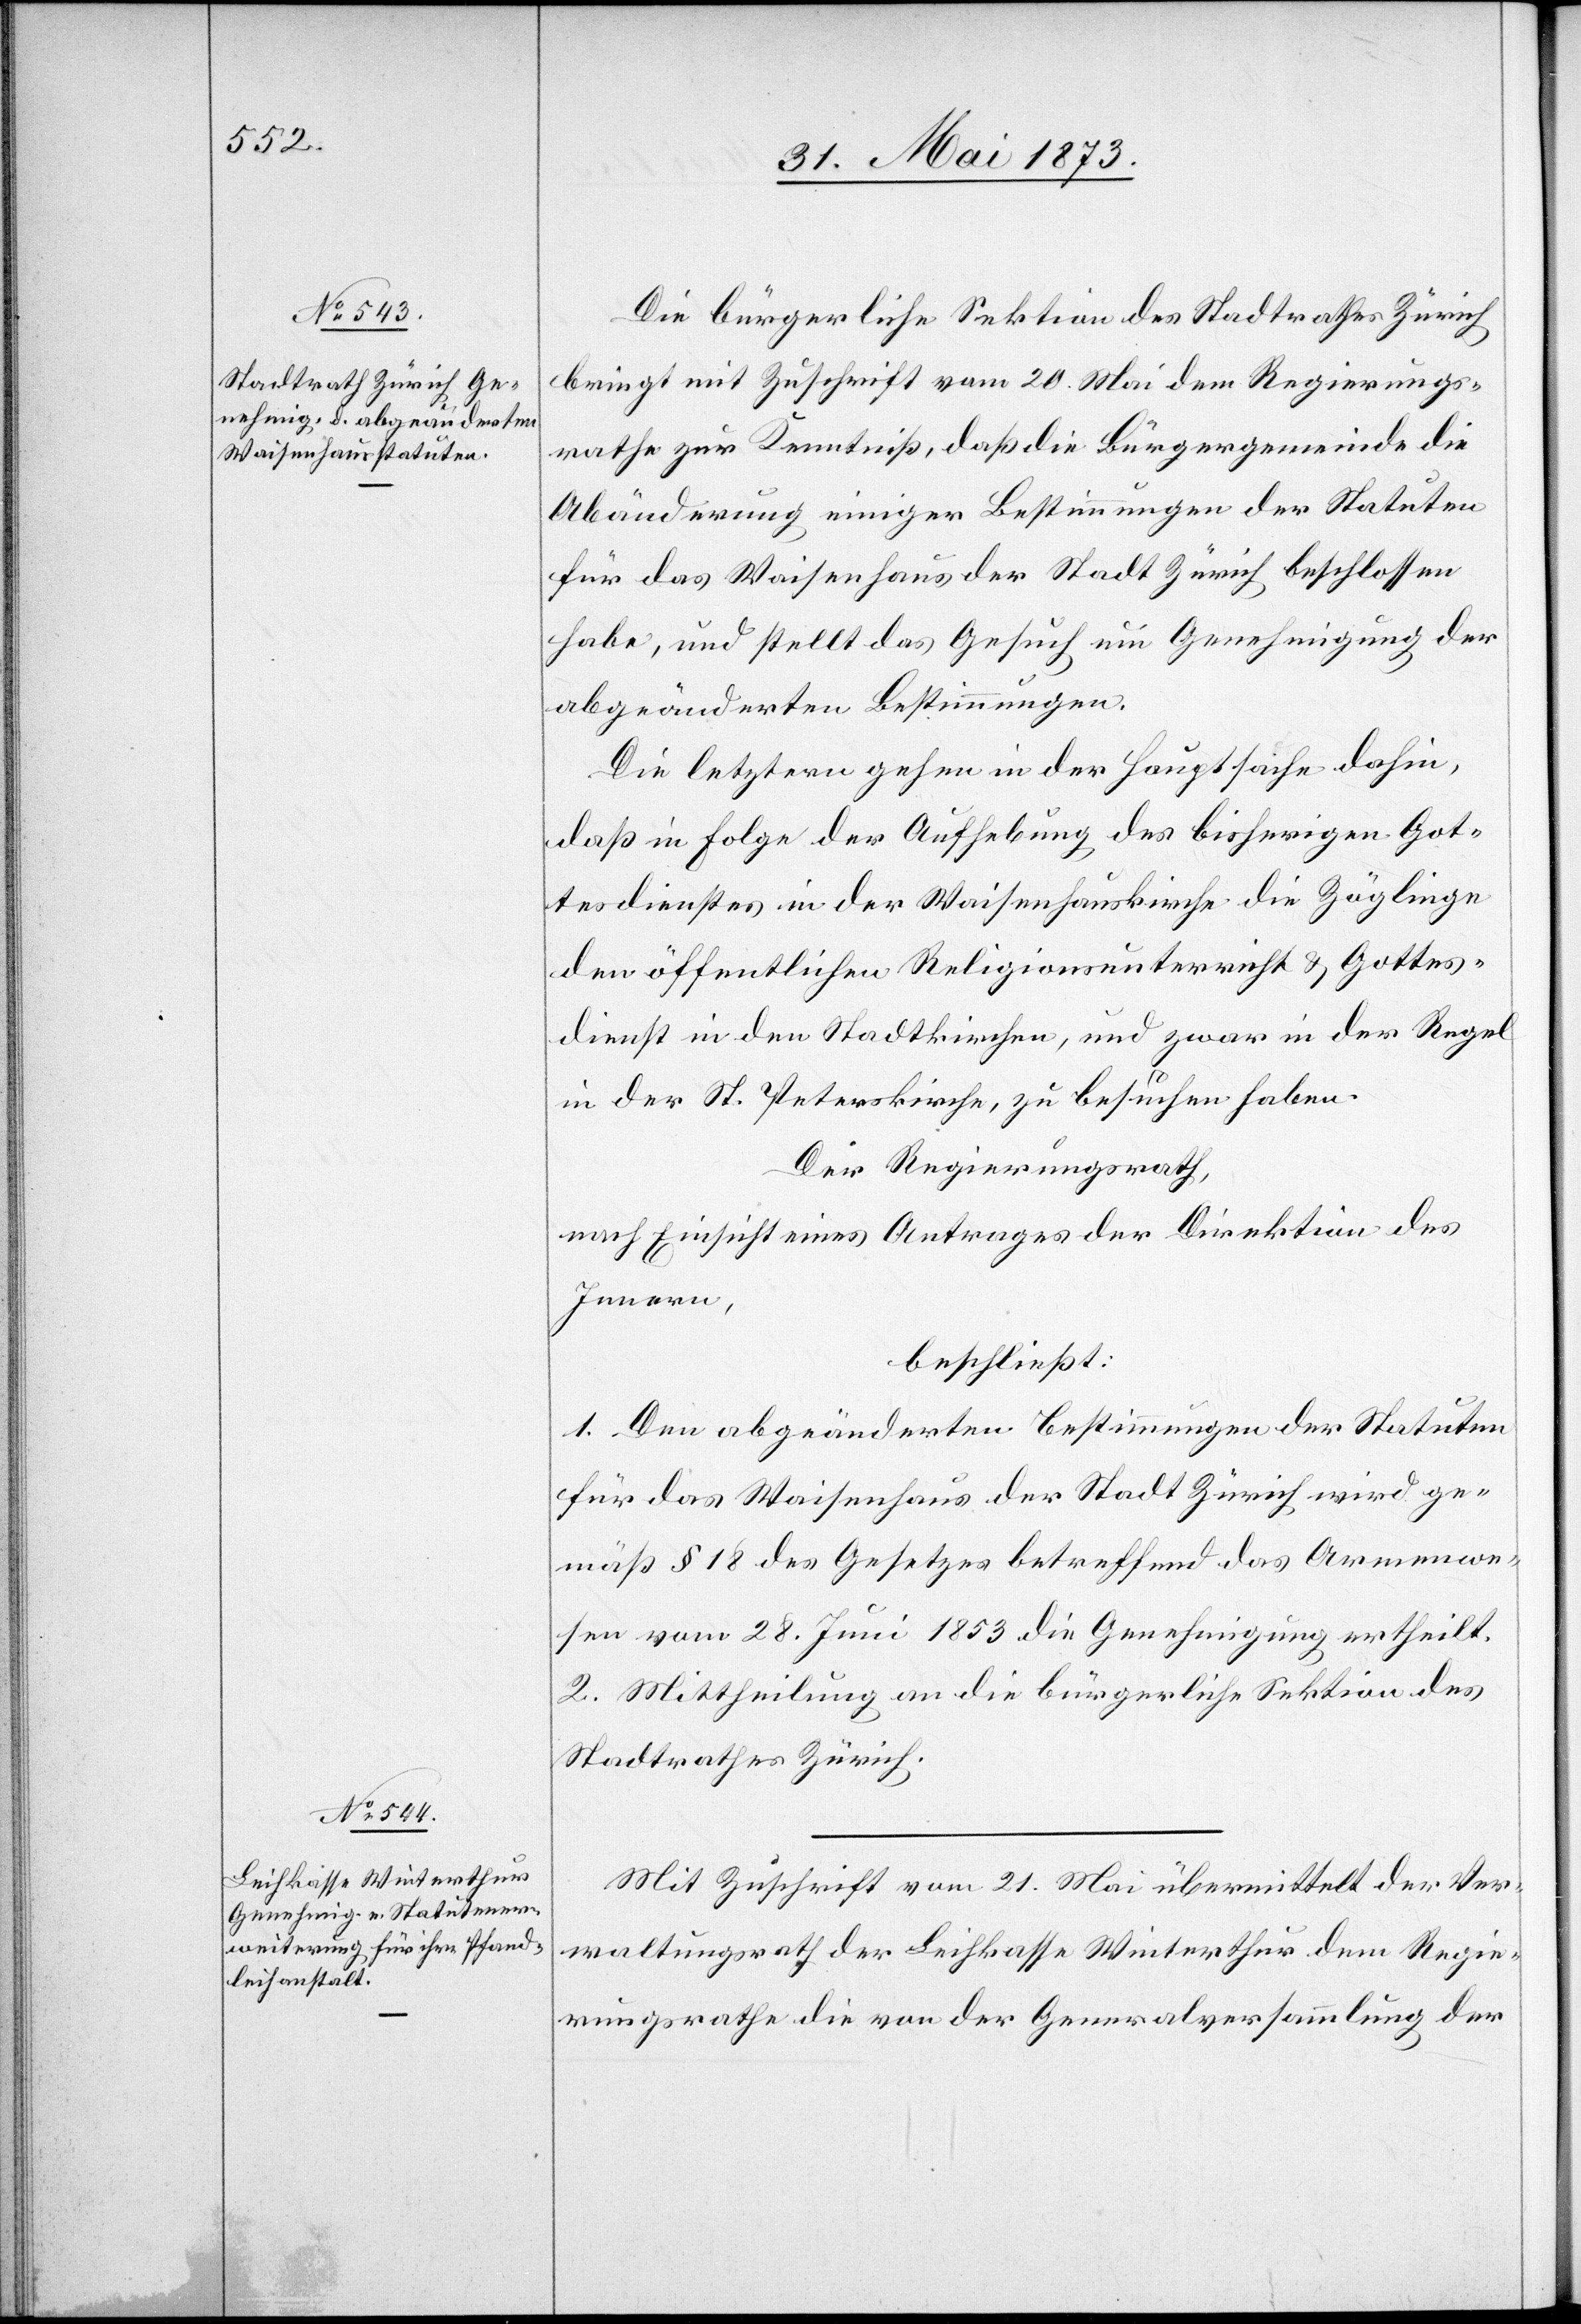
Die bürgerliche Sektion des Stadtrathes Zürich
bringt mit Zuschrift vom 20. Mai dem Regierungs¬
rathe zur Kenntniß, daß die Bürgergemeinde die
Abänderung einiger Bestimmungen der Statuten
für das Waisenhaus der Stadt Zürich beschlossen
habe, und stellt das Gesuch um Genehmigung der
abgeänderten Bestimmungen.
Die letztern gehen in der Hauptsache dahin,
daß in Folge der Aufhebung des bisherigen Got¬
tesdienstes in der Waisenhauskirche die Zöglinge
den öffentlichen Religionsunterricht & Gottes¬
dienst in den Stadtkirchen, und zwar in der Regel
in der St. Peterskirche, zu besuchen haben.
Der Regierungsrath,
nach Einsicht eines Antrages der Direktion des
Innern,
beschließt:
1. Den abgeänderten Bestimmungen der Statuten
für das Waisenhaus der Stadt Zürich wird ge¬
mäß § 18 des Gesetzes betreffend das Armenwe¬
sen vom 28. Juni 1853 die Genehmigung ertheilt.
2. Mittheilung an die bürgerliche Sektion des
Stadtrathes Zürich.
Mit Zuschrift vom 21. Mai übermittelt der Ver¬
waltungsrath der Leihkasse Winterthur dem Regie¬
rungsrathe die von der Generalversammlung der